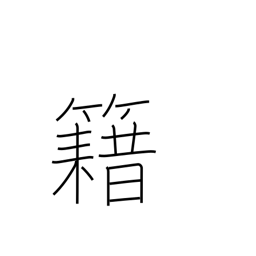
Meaning: membership